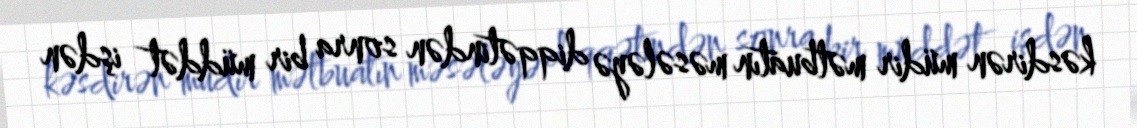
kəsdirən müdir mətbuatın məsələyə diqqətindən sonra bir müddət işdən